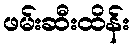
ဖမ်းဆီးထိန်း